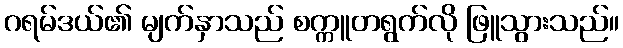
ဂရမ်ဒယ်၏ မျက်နှာသည် စက္ကူတရွက်လို ဖြူသွားသည်။